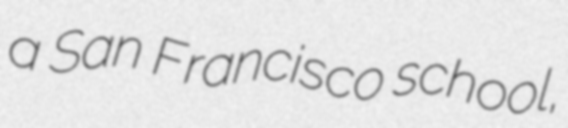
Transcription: a San Francisco school,